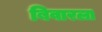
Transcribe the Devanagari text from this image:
बिवारला